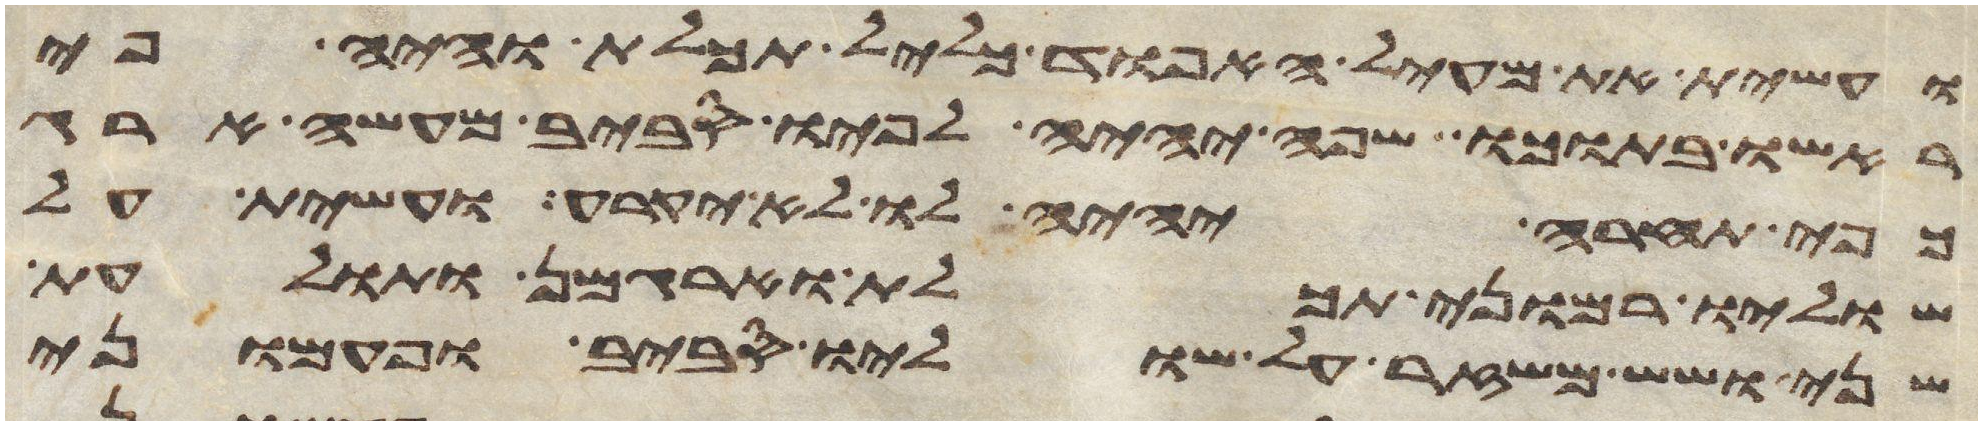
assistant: ועשית את מעיל האפוד כליל תכלת והיה פי
ראשו בתוכו שפה יהיה לפיו סביב מעשה ארג
כפי תחרא יהיה לו לא יקרע ועשית על
שוליו רמוני תכלת וארגמן ותולעת
שני ושש משזר על שוליו סביב ופעמוני